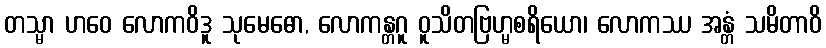
တသ္မာ ဟဝေ လောကဝိဒူ သုမေဓော, လောကန္တဂူ ဝူသိတဗြဟ္မစရိယော၊ လောကဿ အန္တံ သမိတာဝိ